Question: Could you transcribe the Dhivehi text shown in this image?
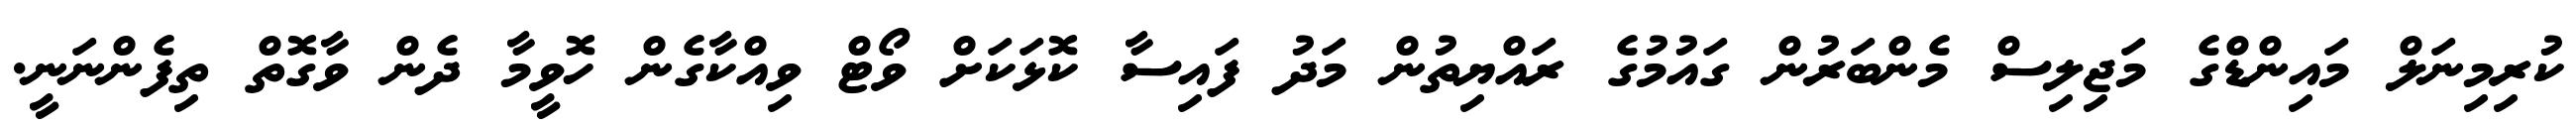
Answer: ކުރިމިނަލް މައިންޑްގެ މަޖިލިސް މެންބަރުން ގައުމުގެ ރައްޔިތުން މަދު ފައިސާ ކޮޅަކަށް ވޯޓް ވިއްކާގެން ހޮވީމާ ދެން ވާގޮތް ތިފެންނަނީ.